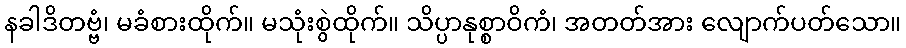
နခါဒိတဗ္ဗံ၊ မခံစားထိုက်။ မသုံးစွဲထိုက်။ သိပ္ပာနုစ္စာဝိကံ၊ အတတ်အား လျောက်ပတ်သော။